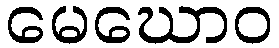
မေဃောဝ